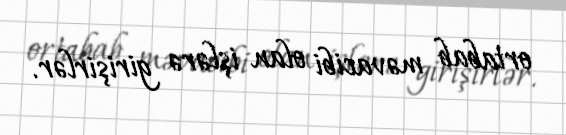
ortabab məvacibi olan işlərə girişirlər.